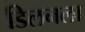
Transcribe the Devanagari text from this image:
डिलनला